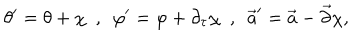
\theta ^ { \prime } = \theta + \chi \ \ , \ \ \varphi ^ { \prime } = \varphi + \partial _ { \tau } \chi \ \ , \ \ \vec { a } ^ { \prime } = \vec { a } - \vec { \partial } \chi ,